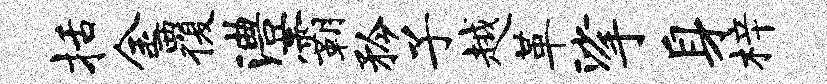
括金覆澧霸矜子越革挲身梓